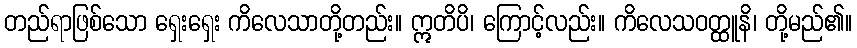
တည်ရာဖြစ်သော ရှေးရှေး ကိလေသာတို့တည်း။ ဣတိပိ၊ ကြောင့်လည်း။ ကိလေသဝတ္ထူနိ၊ တို့မည်၏။